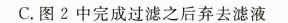
C.图2中完成过滤之后弃去滤液